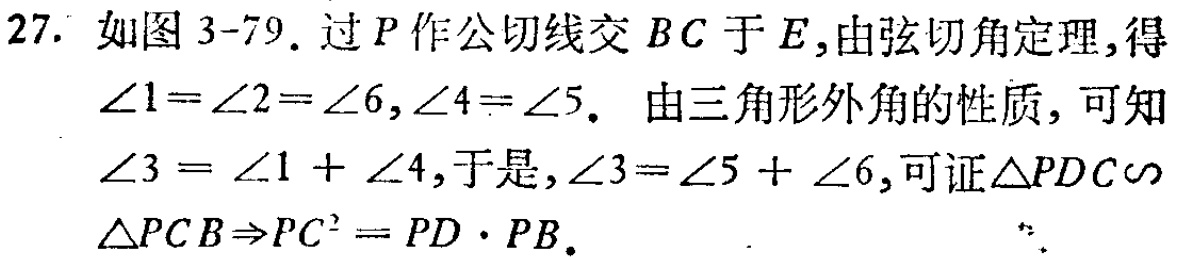
27. 如图 3-79. 过 \(P\) 作公切线交 \(BC\) 于 \(E\), 由弦切角定理, 得\(\angle1 = \angle2=\angle6,\angle4 = \angle5\). 由三角形外角的性质, 可知\(\angle3=\angle1+\angle4\), 于是, \(\angle3=\angle5 + \angle6\), 可证\(\triangle PDC\sim\triangle PCB\Rightarrow PC^{2}=PD\cdot PB\).